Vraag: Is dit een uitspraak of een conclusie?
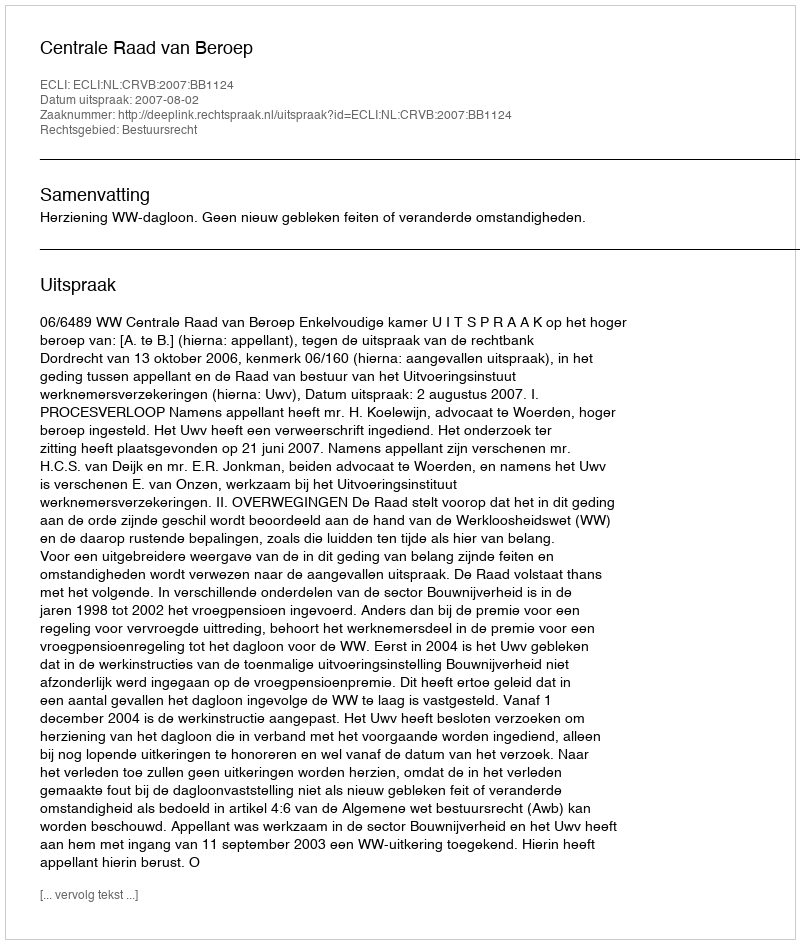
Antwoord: Uitspraak